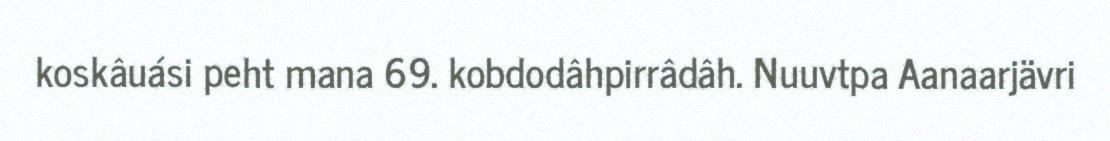
koskâuási peht mana 69. kobdodâhpirrâdâh. Nuuvtpa Aanaarjävri